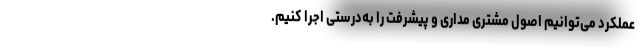
عملکرد می‌توانیم اصول مشتری مداری و پیشرفت را به‌درستی اجرا کنیم.